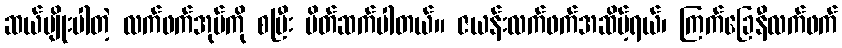
ဆယ်မျိုးပါတဲ့ လက်ဖက်အုပ်ကို စပြီး မိတ်ဆက်ပါတယ်။ ဇယန်းလက်ဖက်အဆိမ့်ရယ်၊ ကြက်ခြေနီလက်ဖက်